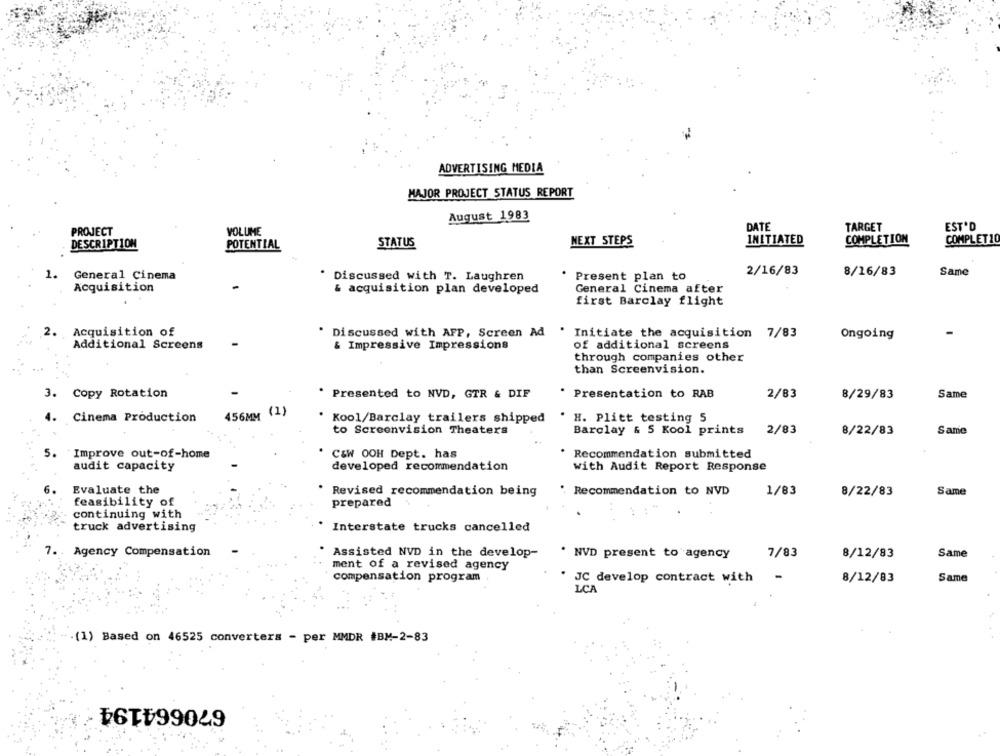
ADVERTISING MEDIA
MAJOR PROJECT STATUS REPORT
August 1983
DATE
TARGET
EST'D
PROJECT
VOLUME
NEXT STEPS
INITIATED
COMPLETION
COMPLETIO
DESCRIPTION
POTENTIAL
STATUS
2/16/83
8/16/83
Same
1. General Cinema
Discussed with T. Laughren
Present plan to
Acquisition
General Cinema after
& acquisition plan developed
first Barclay flight
2. Acquisition of
Discussed with AFP, Screen Ad
-
Initiate the acquisition 7/83
Ongoing
Additional Screens
& Impressive Impressions
of additional screens
through companies other
than Screenvision.
3. Copy Rotation
Presented to NVD, GTR & DIF
Presentation to RAB
2/83
8/29/83
Same
456MM (1)
4. Cinema Production
Kool/Barclay trailers shipped
H. Plitt testing 5
to Screenvision Theaters
Barclay & 5 Kool prints
2/83
8/22/83
Same
Improve out-of-home
C&W OOH Dept. has
Recommendation submitted
5.
audit capacity
developed recommendation
with Audit Report Response
6.
Evaluate the
Revised recommendation being
Recommendation to NVD
1/83
Same
8/22/83
feasibility of
prepared
continuing with
truck advertising
Interstate trucks cancelled
7. Agency Compensation
7/83
Same
Assisted NVD in the develop-
* NVD present to agency
8/12/83
ment of a revised agency
compensation program
JC develop contract with
8/12/83
Same
LCA
(1) Based on 46525 converters - per MMDR #BM-2-83
670664194